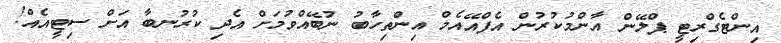
އިންޓެގްރިޓީ ޕްލޭން އާންމުކުރުން އެފްއޭއެމް އިންތިހާބު ނުބޭއްވުމަށް އެދި ކުރުނބާ އަށް ސިޓީއެއް!